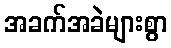
အခက်အခဲများစွာ